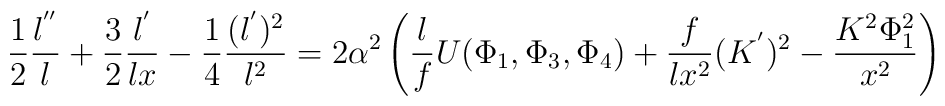
\frac{1}{2}\frac{l^{''}}{l}+\frac{3}{2}\frac{l^{'}}{l x}-\frac{1}{4}\frac{(l^{'})^2}{l^2}=2\alpha^2 \left(\frac{l}{f}U(\Phi_1,\Phi_3,\Phi_4)+\frac{f}{lx^2}(K^{'})^2-\frac{K^2 \Phi_1^2}{x^2}    \right)